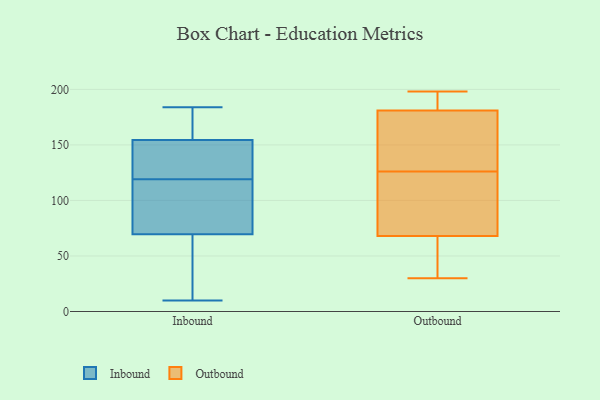
{"axis": {"x": "Humidity (%)", "y": "Value"}, "legend": ["Inbound", "Outbound"], "data": [{"x": "", "y": 152, "type": "Inbound"}, {"x": "", "y": 159, "type": "Inbound"}, {"x": "", "y": 119, "type": "Inbound"}, {"x": "", "y": 140, "type": "Inbound"}, {"x": "", "y": 67, "type": "Inbound"}, {"x": "", "y": 10, "type": "Inbound"}, {"x": "", "y": 168, "type": "Inbound"}, {"x": "", "y": 60, "type": "Inbound"}, {"x": "", "y": 54, "type": "Inbound"}, {"x": "", "y": 84, "type": "Inbound"}, {"x": "", "y": 36, "type": "Inbound"}, {"x": "", "y": 153, "type": "Inbound"}, {"x": "", "y": 184, "type": "Inbound"}, {"x": "", "y": 169, "type": "Inbound"}, {"x": "", "y": 109, "type": "Inbound"}, {"x": "", "y": 100, "type": "Inbound"}, {"x": "", "y": 143, "type": "Inbound"}, {"x": "", "y": 156, "type": "Inbound"}, {"x": "", "y": 119, "type": "Inbound"}, {"x": "", "y": 72, "type": "Inbound"}, {"x": "", "y": 192, "type": "Outbound"}, {"x": "", "y": 166, "type": "Outbound"}, {"x": "", "y": 68, "type": "Outbound"}, {"x": "", "y": 30, "type": "Outbound"}, {"x": "", "y": 182, "type": "Outbound"}, {"x": "", "y": 79, "type": "Outbound"}, {"x": "", "y": 198, "type": "Outbound"}, {"x": "", "y": 85, "type": "Outbound"}, {"x": "", "y": 150, "type": "Outbound"}, {"x": "", "y": 87, "type": "Outbound"}, {"x": "", "y": 181, "type": "Outbound"}, {"x": "", "y": 54, "type": "Outbound"}, {"x": "", "y": 121, "type": "Outbound"}, {"x": "", "y": 189, "type": "Outbound"}, {"x": "", "y": 131, "type": "Outbound"}, {"x": "", "y": 50, "type": "Outbound"}, {"x": "", "y": 51, "type": "Outbound"}, {"x": "", "y": 135, "type": "Outbound"}]}